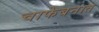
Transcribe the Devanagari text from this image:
चाफेबनात